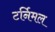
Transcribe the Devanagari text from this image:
टर्निमल